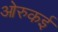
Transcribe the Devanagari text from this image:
ओरुकई